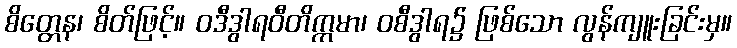
စိတ္တေန၊ စိတ်ဖြင့်။ ဝဒီဒွါရဝီတိက္ကမာ၊ ဝစီဒွါရ၌ ဖြစ်သော လွန်ကျူးခြင်းမှ။